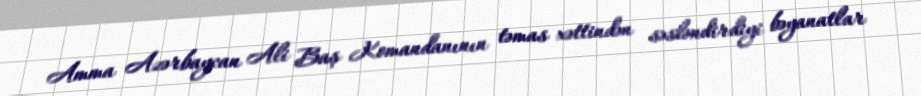
Amma Azərbaycan Ali Baş Komandanının təmas xəttindən səsləndirdiyi bəyanatlar